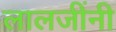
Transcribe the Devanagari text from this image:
लालजींनी